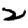
Digit: 2